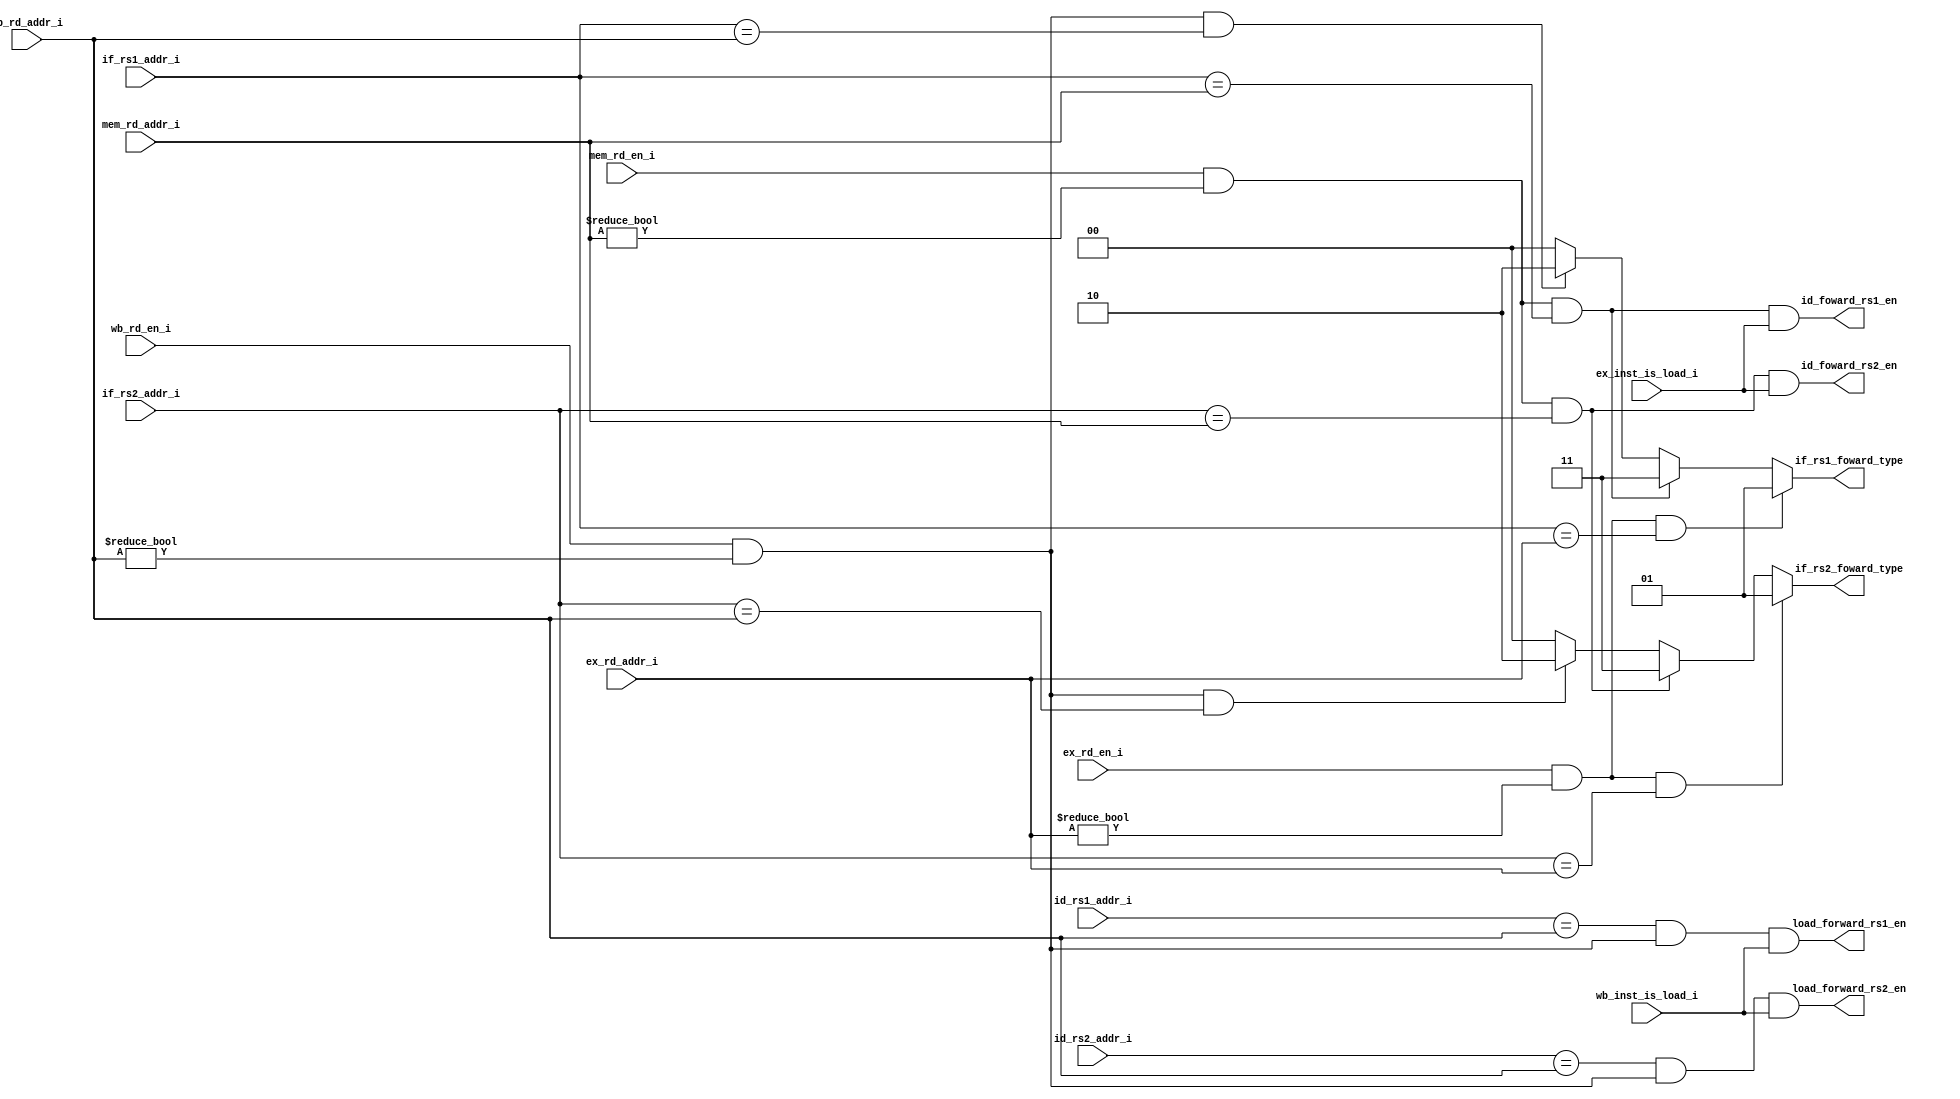
module fowarding(
    //RAW input 
    input  wire [4:0] if_rs1_addr_i,
    input  wire [4:0] if_rs2_addr_i,
    input  wire [4:0] id_rs1_addr_i,
    input  wire [4:0] id_rs2_addr_i,
    input  wire [4:0] ex_rd_addr_i,
    input  wire       ex_rd_en_i,
    input  wire       ex_inst_is_load_i,
    input  wire [4:0] mem_rd_addr_i,
    input  wire       mem_rd_en_i,
    input wire  wb_inst_is_load_i,
    input  wire [4:0] wb_rd_addr_i,
    input  wire       wb_rd_en_i,

    //load forward
    output wire       id_foward_rs1_en,
    output wire       id_foward_rs2_en,
    output wire       load_forward_rs1_en,
    output wire       load_forward_rs2_en,
    output wire [1:0] if_rs1_foward_type,
    output wire [1:0] if_rs2_foward_type 
);
    //RAW
    wire ex_cond  = ex_rd_en_i  && (ex_rd_addr_i != 'd0);
    wire mem_cond = mem_rd_en_i && (mem_rd_addr_i != 'd0);
    wire wb_cond  = wb_rd_en_i  && (wb_rd_addr_i != 'd0);

    assign if_rs1_foward_type = (ex_cond  && (if_rs1_addr_i == ex_rd_addr_i))   ? 2'b01 : 
                                (mem_cond && (if_rs1_addr_i == mem_rd_addr_i))  ? 2'b11 :
                                (wb_cond  && (if_rs1_addr_i == wb_rd_addr_i))   ? 2'b10 :
                                                                                  2'd0  ;
    assign if_rs2_foward_type = (ex_cond  && (if_rs2_addr_i == ex_rd_addr_i))   ? 2'b01 : 
                                (mem_cond && (if_rs2_addr_i == mem_rd_addr_i))  ? 2'b11 :
                                (wb_cond  && (if_rs2_addr_i == wb_rd_addr_i))   ? 2'b10 : 
                                                                                  2'd0  ;
    assign load_forward_rs1_en = (id_rs1_addr_i == wb_rd_addr_i) && wb_cond && wb_inst_is_load_i;
    assign load_forward_rs2_en = (id_rs2_addr_i == wb_rd_addr_i) && wb_cond && wb_inst_is_load_i;
    assign id_foward_rs1_en = (if_rs1_addr_i == mem_rd_addr_i) && mem_cond && ex_inst_is_load_i;
    assign id_foward_rs2_en = (if_rs2_addr_i == mem_rd_addr_i) && mem_cond && ex_inst_is_load_i;
endmodule